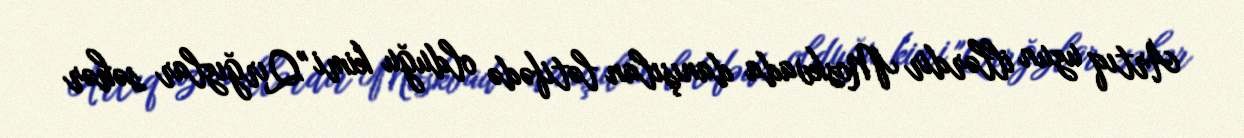
Artıq uzun illərdir Moskvada danışılan lətifədə olduğu kimi "Qırğızlar səhər